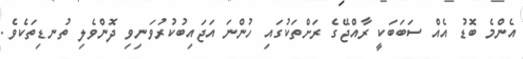
އެންމެ ބޮޑު އެއް ސަބަބަކީ ރާއްޖޭގެ ރަށްތަކުގައި ހުންނަ އަޖައިބުކުރުވަނިވި ދޮންވެލި ތުނޑިތަކެވެ.